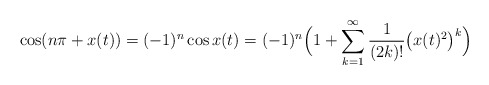
\begin{align*}\cos (n\pi +x(t))=(-1)^n\cos x(t)= (-1)^n\Big(1+ \sum_{k=1}^\infty\frac{1}{(2k)!}\big(x(t)^2\big)^k\Big)\end{align*}